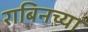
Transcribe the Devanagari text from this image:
राबिनच्या